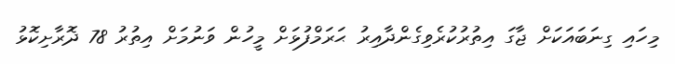
މިހައި ގިިނަބައަކަށް ޖާގަ އިތުރުކުރެވިގެންދާއިރު ޙަރަމްފުޅަށް މީހުން ވަނުމަށް އިތުރު 78 ދޮރާށިކޮޅު